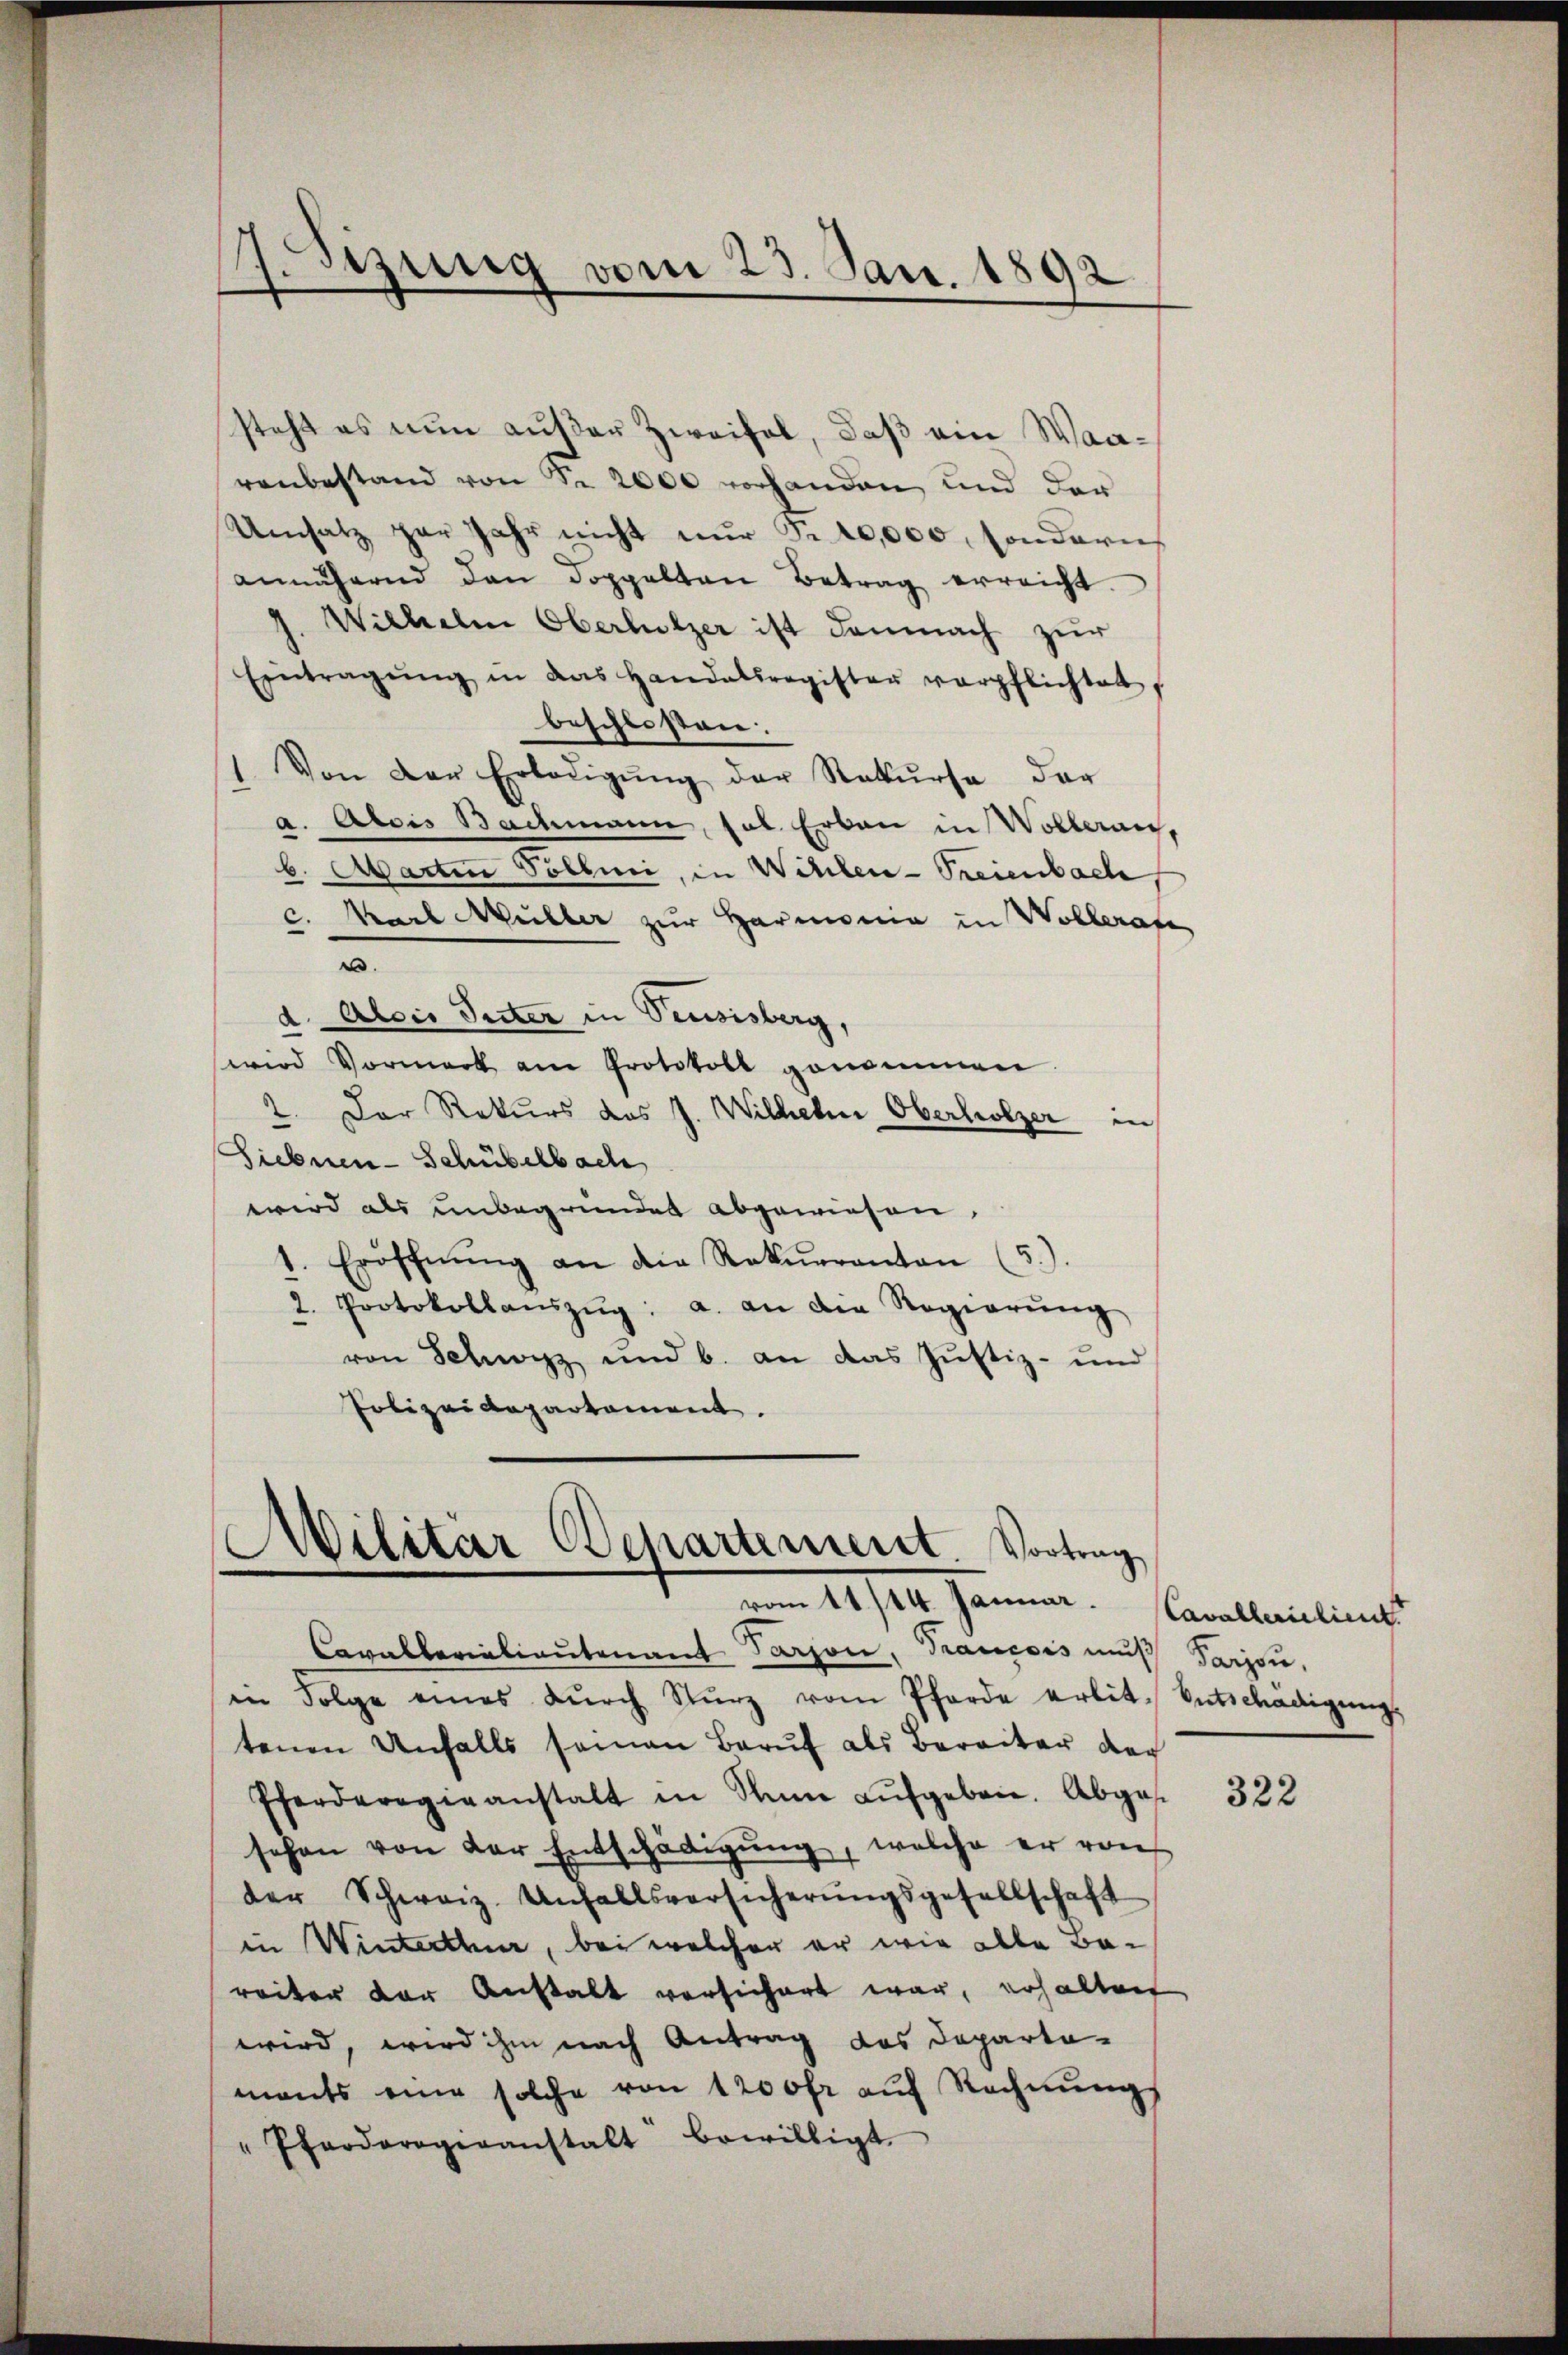
.
1
sizung vom 23. Jan. 1892

steht es nun außer Zweifel, daß ein Waaronbestand von Nr. 2000 vorhanden und der
Umsatz par Jahr nicht nur Fr. 10,000, sonderis
annähernd den doppelten Betrag erreicht.
J. Wilhelm Oberholzer ist demnach zur
Eintragŭng in das Handelsregister verpflichtet,
beschlossen:
1. Von der Erledigŭng der Rekŭrse der
a. Alois Bachmann, fol. Erbau in Wolleran,
b. Martin Vollmi, in Willen - Treienbache
c. Karl Müller zur Harmonia in Wollerat
.
d. Alser Suter in Peusisberg,
wird Vormerk am Protokoll genommen.
1. Der Rekurs des J. Wilhelm Oberholzer in
Siebnen-Schübelbach
wird als unbegründet abgewiesen.
1. Eröfchnŭng an die Rekurrenten (5).
2. Protokollanszŭg: a. an die Regierŭng
von Schwyz und b. an das Justiz- und
Polizeidepartement.

u
Militär Departement. Vortrag
vom 11./14. Januar.

Cavallerialiautenant Person, Trancois muß Saison,
in Folge eines dŭrch Sturz vom Pferde erlit. Entschädigung
tenen Unfalls seinen Beruf als Bereiter der
Eferderogieanstalt in Name aŭfgeben. Abges
sehen von der Entschädigŭng, welche er von
der Schweiz. Unfallsversicherŭngsgesellschaft
in Winterthur, bei welcher er wie alle Bareiter der Anstalt versichert war, erhalten
wird, wird ihm nach Antrag das Departa-
mants eine solche von 1200 fr aŭf Rechnŭng
" Pfarderogiranstalt bewilligt.

Cavallerielient.

322